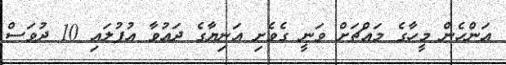
އަންހެން މީހާގެ މައްޗަށް ވަނީ ގެވެށި އަނިޔާގެ ދަޢުވާ އުފުލައި 10 ދުވަސް